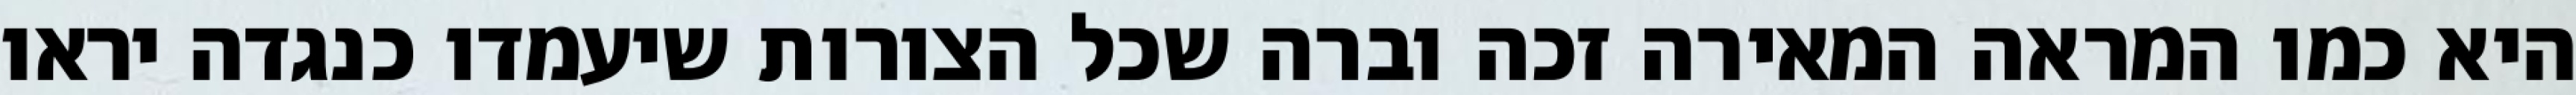
היא כמו המראה המאירה זכה וברה שכל הצורות שיעמדו כנגדה יראו